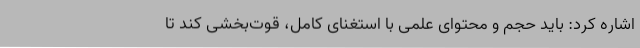
اشاره کرد: باید حجم و محتوای علمی با استغنای کامل، قوت‌بخشی کند تا